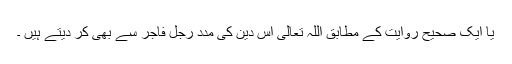
یا ایک صحیح روایت کے مطابق اللہ تعالیٰ اس دین کی مدد رجلِ فاجر سے بھی کر دیتے ہیں ۔